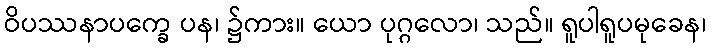
ဝိပဿနာပက္ခေ ပန၊ ၌ကား။ ယော ပုဂ္ဂလော၊ သည်။ ရူပါရူပမုခေန၊